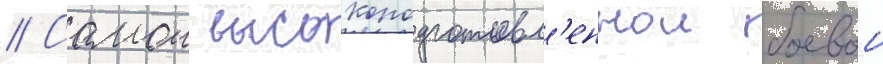
// Самои высокоподготовл'еннои боевои